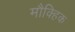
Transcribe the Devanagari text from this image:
मौक्हिक